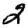
Digit: 2